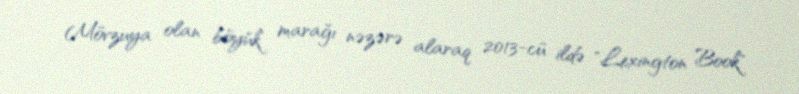
Mövzuya olan böyük marağı nəzərə alaraq 2013-cü ildə "Lexington Book"